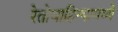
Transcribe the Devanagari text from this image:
रेतोवाहिन्यामध्ये